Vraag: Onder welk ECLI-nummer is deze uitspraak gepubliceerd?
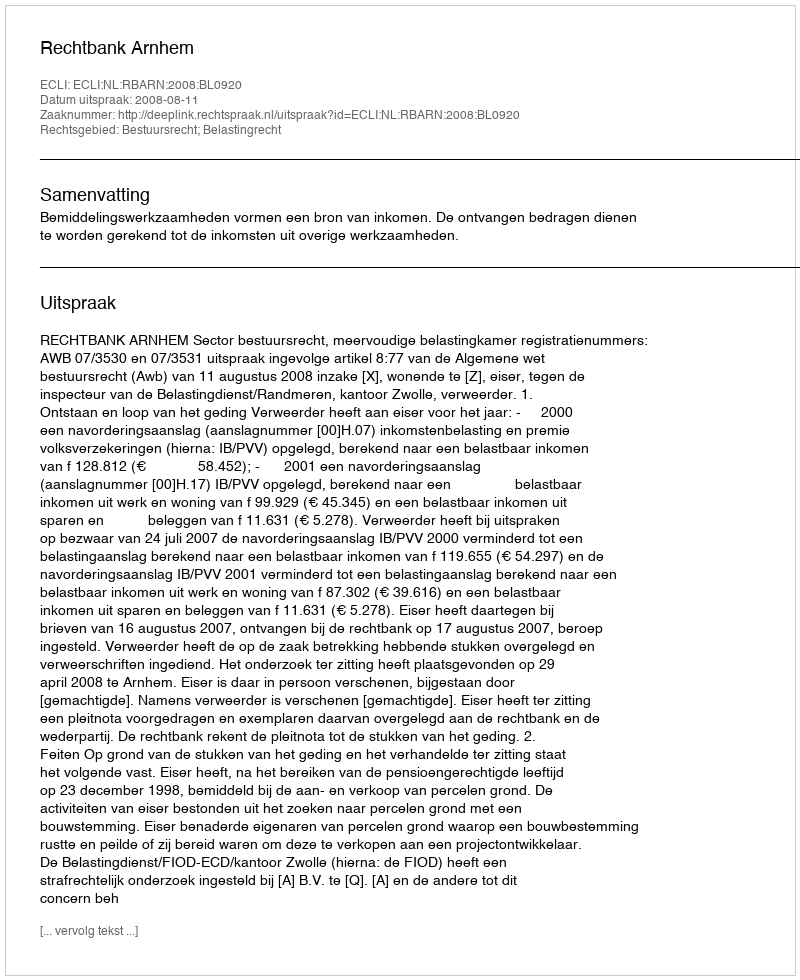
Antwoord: ECLI:NL:RBARN:2008:BL0920